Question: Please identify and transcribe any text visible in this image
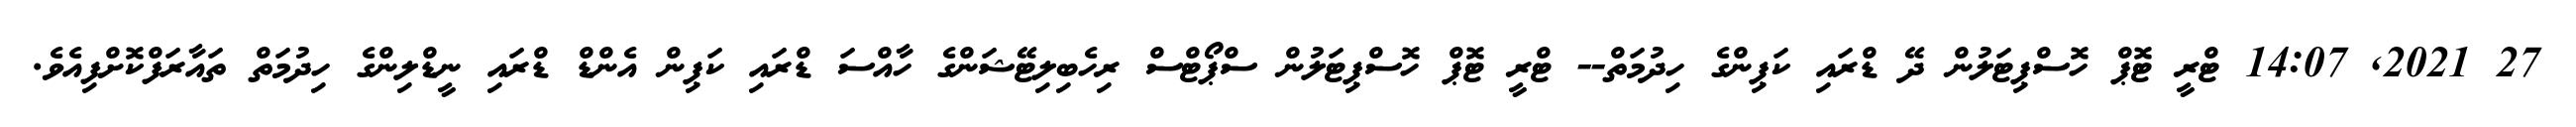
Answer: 27 2021, 14:07 ޓްރީ ޓޮޕް ހޮސްޕިޓަލުން ދޭ ޑްރައި ކަޕިންގެ ހިދުމަތް-- ޓްރީ ޓޮޕް ހޮސްޕިޓަލުން ސްޕޯޓްސް ރިހެބިލިޓޭޝަންގެ ހާއްސަ ޑްރައި ކަޕިން އެންޑް ޑްރައި ނީޑްލިންގެ ހިދުމަތް ތައާރަފްކޮށްފިއެވެ.